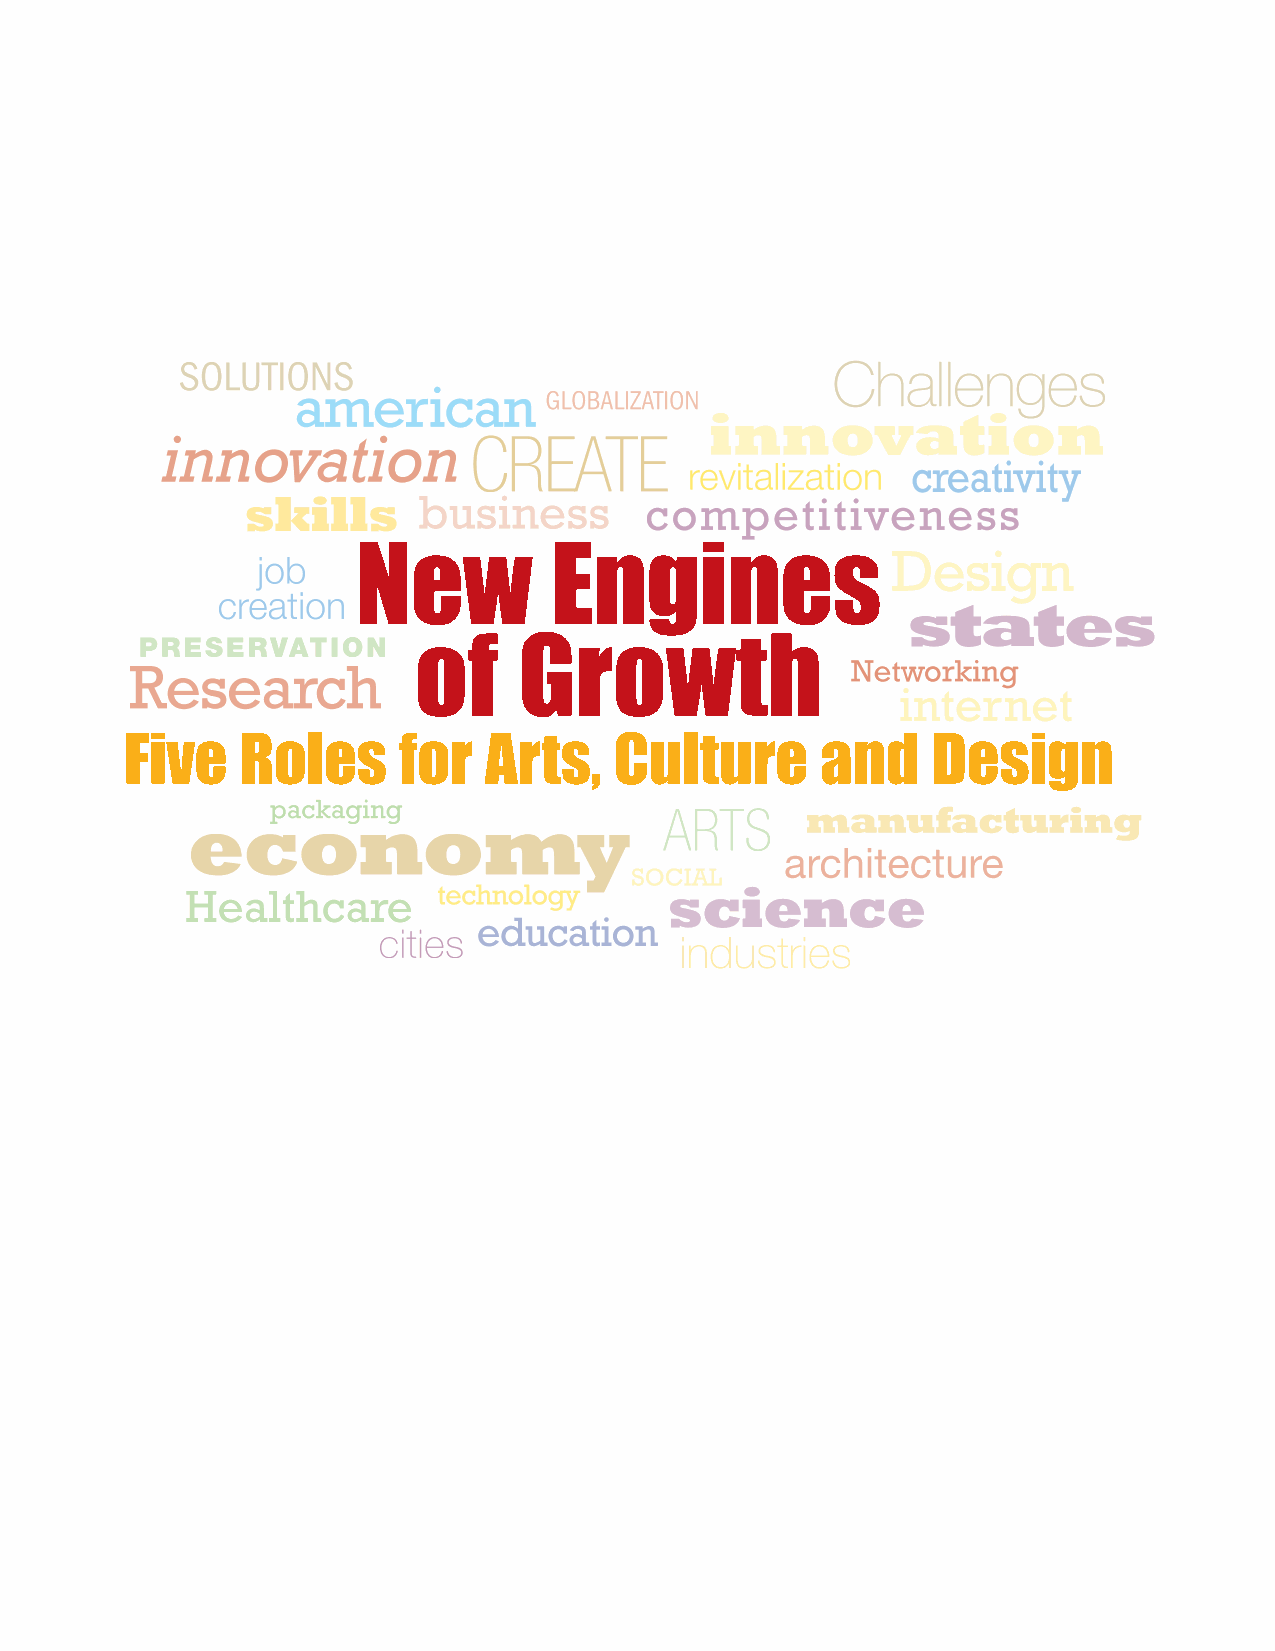
New         Engines
 of     Growth
 Five    Roles     for   Arts,    Culture      and     Design